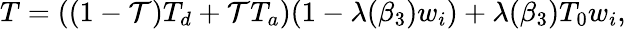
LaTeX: T=\left((1-\mathcal{T})T_{d}+\mathcal{T}T_{a}\right)(1-\lambda(\beta_{3})w_{i})+\lambda(\beta_{3})T_{0}w_{i},